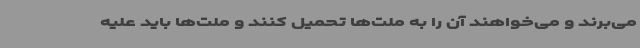
می‌برند و می‌خواهند آن را به ملت‌ها تحمیل کنند و ملت‌ها باید علیه